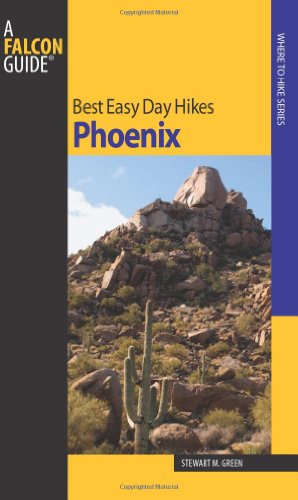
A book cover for Best Easy Day Hikes Phoenix, 2nd (Best Easy Day Hikes Series); Stewart M. Green; Travel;